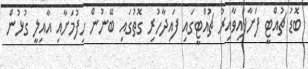
ބޮޑު ޗުއްޓީ ފަށާފައިވާއިރު ޗުއްޓީގައި ފައިދާހުރި ގޮތުގައި ބޭނުން ހިފުމަށާއި އާއިލީ ގުޅުން